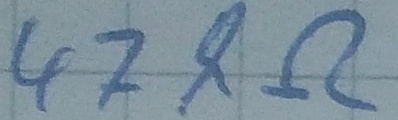
Text: 47kΩ